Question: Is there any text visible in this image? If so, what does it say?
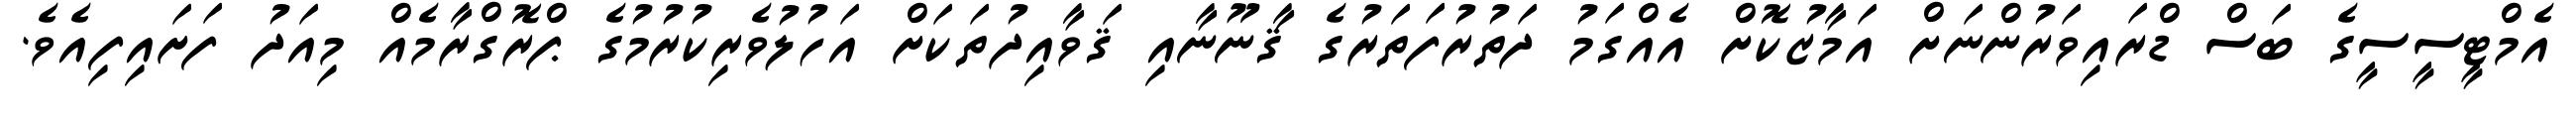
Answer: އެމްޓީސީސީގެ ބަސް ޑްރައިވަރުންނަށް އަމާޒުކޮށް އެއްގަމު ދަތުރުފަތަރުގެ ޤާނޫނާއި ޤަވާއިދުތަކަށް އަހުލުވެރިކުރުމުގެ ޕްރޮގްރާމެއް މިއަދު ފަށައިފިއެވެ.